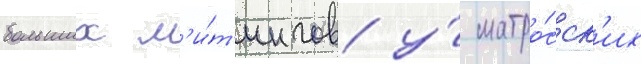
больших м'и́т'ингов у́ матро́сск'их